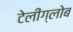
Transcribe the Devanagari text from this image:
टेलीग्लोब